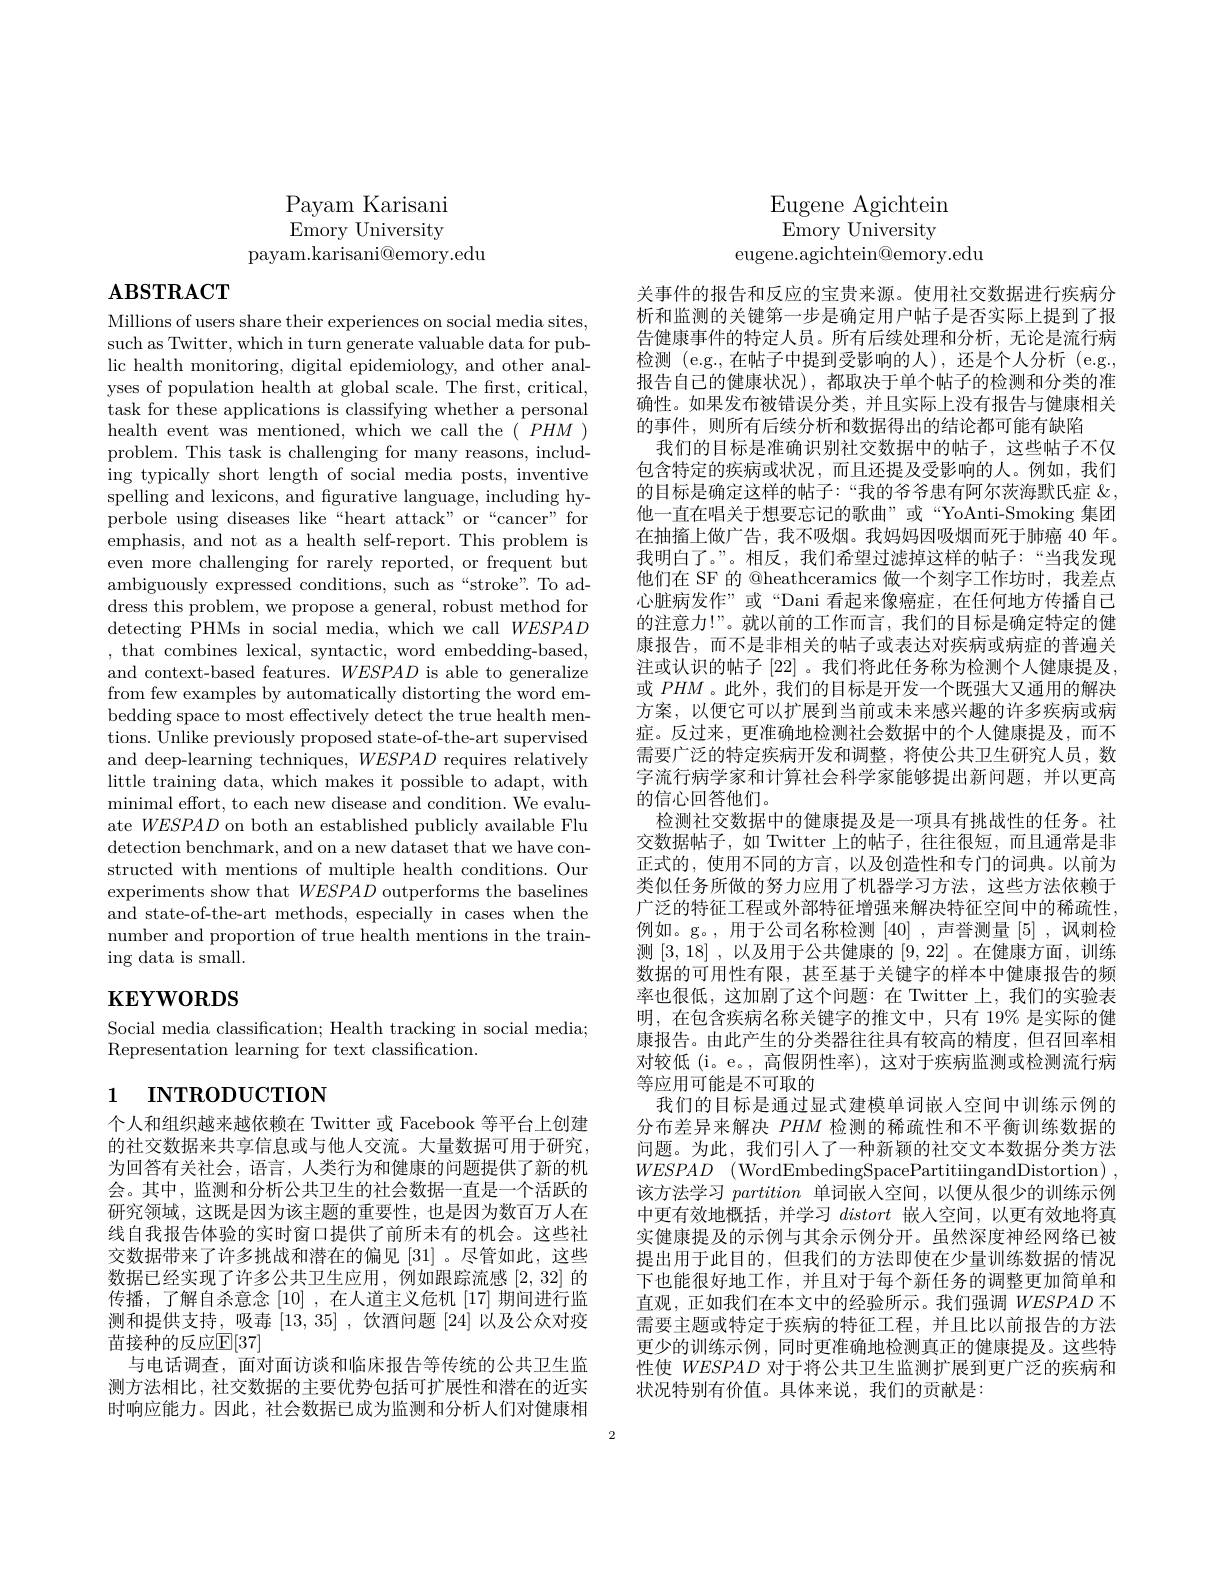
Payam Karisani Emory University
payam. karisani@ emory. edu

# $\mathbf{ABSTRACT}$

Millions of users share their experiences on social media sites, such as Twitter, which in turn generate valuable data for public health monitoring, digital epidemiology, and other analyses of population health at global scale. The frst, critical, task for these applications is classifying whether a personal health event was mentioned, which we call the $(PHM)$ problem. This task is challenging for many reasons, including typically short length of social media posts, inventive spelling and lexicons, and figurative language, including hyperbole using diseases like“heart attack”or“cancer”for emphasis, and not as a health self-report. This problem is even more challenging for rarely reported, or frequent but ambiguously expressed conditions, such as“stroke”. To address this problem, we propose a general, robust method for detecting PHMs in social media, which we call $WESPAD$ , that combines lexical, syntactic, word embedding-based, and context-based features. $WESPAD$ is able to generalize from few examples by automatically distorting the word embedding space to most effectively detect the true health mentions. Unlike previously proposed state-of-the-art supervised and deep-learning techniques, $WESPAD$ requires relatively little training data, which makes it possible to adapt, with minimal effort, to each new disease and condition. We evaluate $WESPAD$ on both an established publicly available Flu detection benchmark, and on a new dataset that we have con- structed with mentions of multiple health conditions. Our experiments show that WESPAD outperforms the baselines and state-of-the-art methods, especially in cases when the number and proportion of true health mentions in the training data is small.

# $\mathbf{KEYWORDS}$

Social media classification; Health tracking in social media;
Representation learning for text classification.

# 1 INTRODUCTION

个人和组织越来越依赖在 Twitter 或 Facebook 等平台上创建的社交数据来共享信息或与他人交流。大量数据可用于研究， 为回答有关社会，语言，人类行为和健康的问题提供了新的机会。其中，监测和分析公共卫生的社会数据一直是一个活跃的研究领域，这既是因为该主题的重要性，也是因为数百万人在线自我报告体验的实时窗口提供了前所未有的机会。这些社交数据带来了许多挑战和潜在的偏见[31] 。尽管如此，这些数据已经实现了许多公共卫生应用，例如跟踪流感[2,32]的传播，了解自杀意念[10] ,在人道主义危机[17]期间进行监测和提供支持，吸毒$\left[13,35\right]$,饮酒问题$\left[24\right]$以及公众对疫苗接种的反应$\mathbb{E}[37]$
与电话调查，面对面访谈和临床报告等传统的公共卫生监测方法相比，社交数据的主要优势包括可扩展性和潜在的近实时响应能力。因此，社会数据已成为监测和分析人们对健康相

Eugene Agichtein Emory University
eugene.agichtein@emory.edu

关事件的报告和反应的宝贵来源。使用社交数据进行疾病分析和监测的关键第一步是确定用户帖子是否实际上提到了报告健康事件的特定人员。所有后续处理和分析，无论是流行病检测 (e.g.,在帖子中提到受影响的人),还是个人分析 (e.g., 报告自己的健康状况),都取决于单个帖子的检测和分类的准确性。如果发布被错误分类，并且实际上没有报告与健康相关的事件，则所有后续分析和数据得出的结论都可能有缺陷
我们的目标是准确识别社交数据中的帖子，这些帖子不仅包含特定的疾病或状况，而且还提及受影响的人。例如，我们的目标是确定这样的帖子：“我的爷爷患有阿尔茨海默氏症$\&$, 他一直在唱关于想要忘记的歌曲”或“YoAnti-Smoking 集团在抽搐上做广告，我不吸烟。我妈妈因吸烟而死于肺癌 40 年。我明白了。”。相反，我们希望过滤掉这样的帖子：“当我发现他们在 SF 的 @heathceramics 做一个刻字工作坊时，我差点心脏病发作”或“Dani 看起来像癌症，在任何地方传播自己的注意力！”。就以前的工作而言，我们的目标是确定特定的健康报告，而不是非相关的帖子或表达对疾病或病症的普遍关注或认识的帖子[22] 。我们将此任务称为检测个人健康提及或$PHM$ 。此外，我们的目标是开发一个既强大又通用的解决方案，以便它可以扩展到当前或未来感兴趣的许多疾病或病症。反过来，更准确地检测社会数据中的个人健康提及，而不需要广泛的特定疾病开发和调整，将使公共卫生研究人员，数字流行病学家和计算社会科学家能够提出新问题，并以更高的信心回答他们。
检测社交数据中的健康提及是一项具有挑战性的任务。社交数据帖子，如 Twitter 上的帖子，往往很短，而且通常是非正式的，使用不同的方言，以及创造性和专门的词典。以前为类似任务所做的努力应用了机器学习方法，这些方法依赖于广泛的特征工程或外部特征增强来解决特征空间中的稀疏性， 例如。g。,用于公司名称检测[40] ,声誉测量[5] ,讽刺检测[3,18] ,以及用于公共健康的[9,22] 。在健康方面，训练数据的可用性有限，甚至基于关键字的样本中健康报告的频率也很低，这加剧了这个问题：在 Twitter 上，我们的实验表明，在包含疾病名称关键字的推文中，只有 19% 是实际的健康报告。由此产生的分类器往往具有较高的精度，但召回率相对较低(i。e。,高假阴性率),这对于疾病监测或检测流行病等应用可能是不可取的
我们的目标是通过显式建模单词嵌入空间中训练示例的分布差异来解决$PHM$检测的稀疏性和不平衡训练数据的问题。为此，我们引人了一种新颖的社交文本数据分类方法$WESPAD$ (WordEmbedingSpacePartitiingandDistortion)\:, 该方法学习partition单词嵌人空间，以便从很少的训练示例中更有效地概括，并学习distort嵌人空间，以更有效地将真实健康提及的示例与其余示例分开。虽然深度神经网络已被提出用于此目的，但我们的方法即使在少量训练数据的情况下也能很好地工作，并且对于每个新任务的调整更加简单和直观，正如我们在本文中的经验所示。我们强调$WESPAD$不需要主题或特定于疾病的特征工程，并且比以前报告的方法更少的训练示例，同时更准确地检测真正的健康提及。这些特性使$WESPAD$对于将公共卫生监测扩展到更广泛的疾病和状况特别有价值。具体来说，我们的贡献是：

2